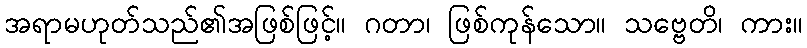
အရာမဟုတ်သည်၏အဖြစ်ဖြင့်။ ဂတာ၊ ဖြစ်ကုန်သော။ သဗ္ဗေတိ၊ ကား။